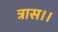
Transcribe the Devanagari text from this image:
त्रास।।